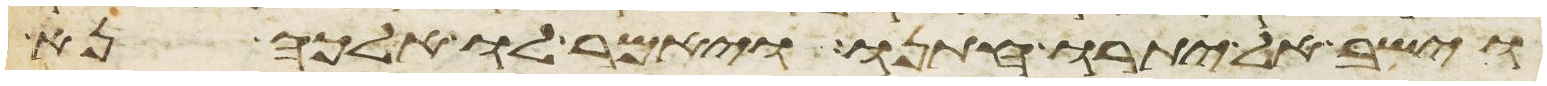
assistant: וישב אל יתרו חתנו ויאמר לו אלכה נא